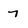
Character: 7